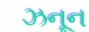
ઝનૂન